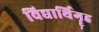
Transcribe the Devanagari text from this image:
विद्यार्थिगॄह